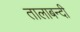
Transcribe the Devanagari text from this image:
तालाबन्दी